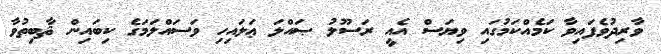
ވާރިދުވެފައިވާ ކަމެއްކަމުގައި ވިޔަސް އެއީ ރަސޫލު ޞައްލަ ޢަލައިހި ވަސައްލަމަގެ ކިބައިން ޘާބިތުވާ